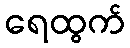
ရေထွက်